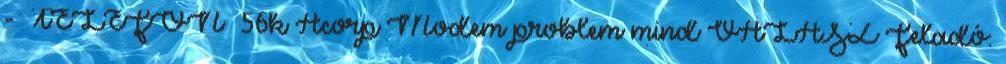
- TELEFON 56k Acorp Modem problem mind VÁLASZ Feladó: